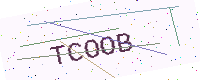
Text: TCOOB